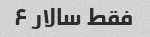
فقط سالار ۶